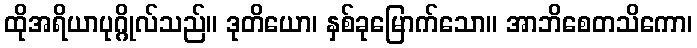
ထိုအရိယာပုဂ္ဂိုလ်သည်။ ဒုတိယော၊ နှစ်ခုမြောက်သော။ အာဘိစေတသိကော၊